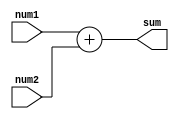
`timescale 1ns / 1ps
//////////////////////////////////////////////////////////////////////////////////
// Company: 
// 
// Design Name: 
// Module Name: fulladder
// Project Name: 
// Target Devices: 
// Tool Versions: 
// Description: 
// 
// Dependencies: 
// 
// Revision:
// Revision 0.01 - File Created
// Additional Comments:
// 
//////////////////////////////////////////////////////////////////////////////////


module fulladder(
    input [31:0] num1, 
    input [31:0] num2, 
    output [31:0] sum
    );
    
    assign sum = num1 + num2;
    
endmodule